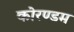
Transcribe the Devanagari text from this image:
कोरण्डम